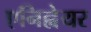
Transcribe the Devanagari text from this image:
एनिह्वेयर